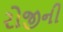
રોજીની